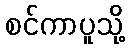
စင်ကာပူသို့